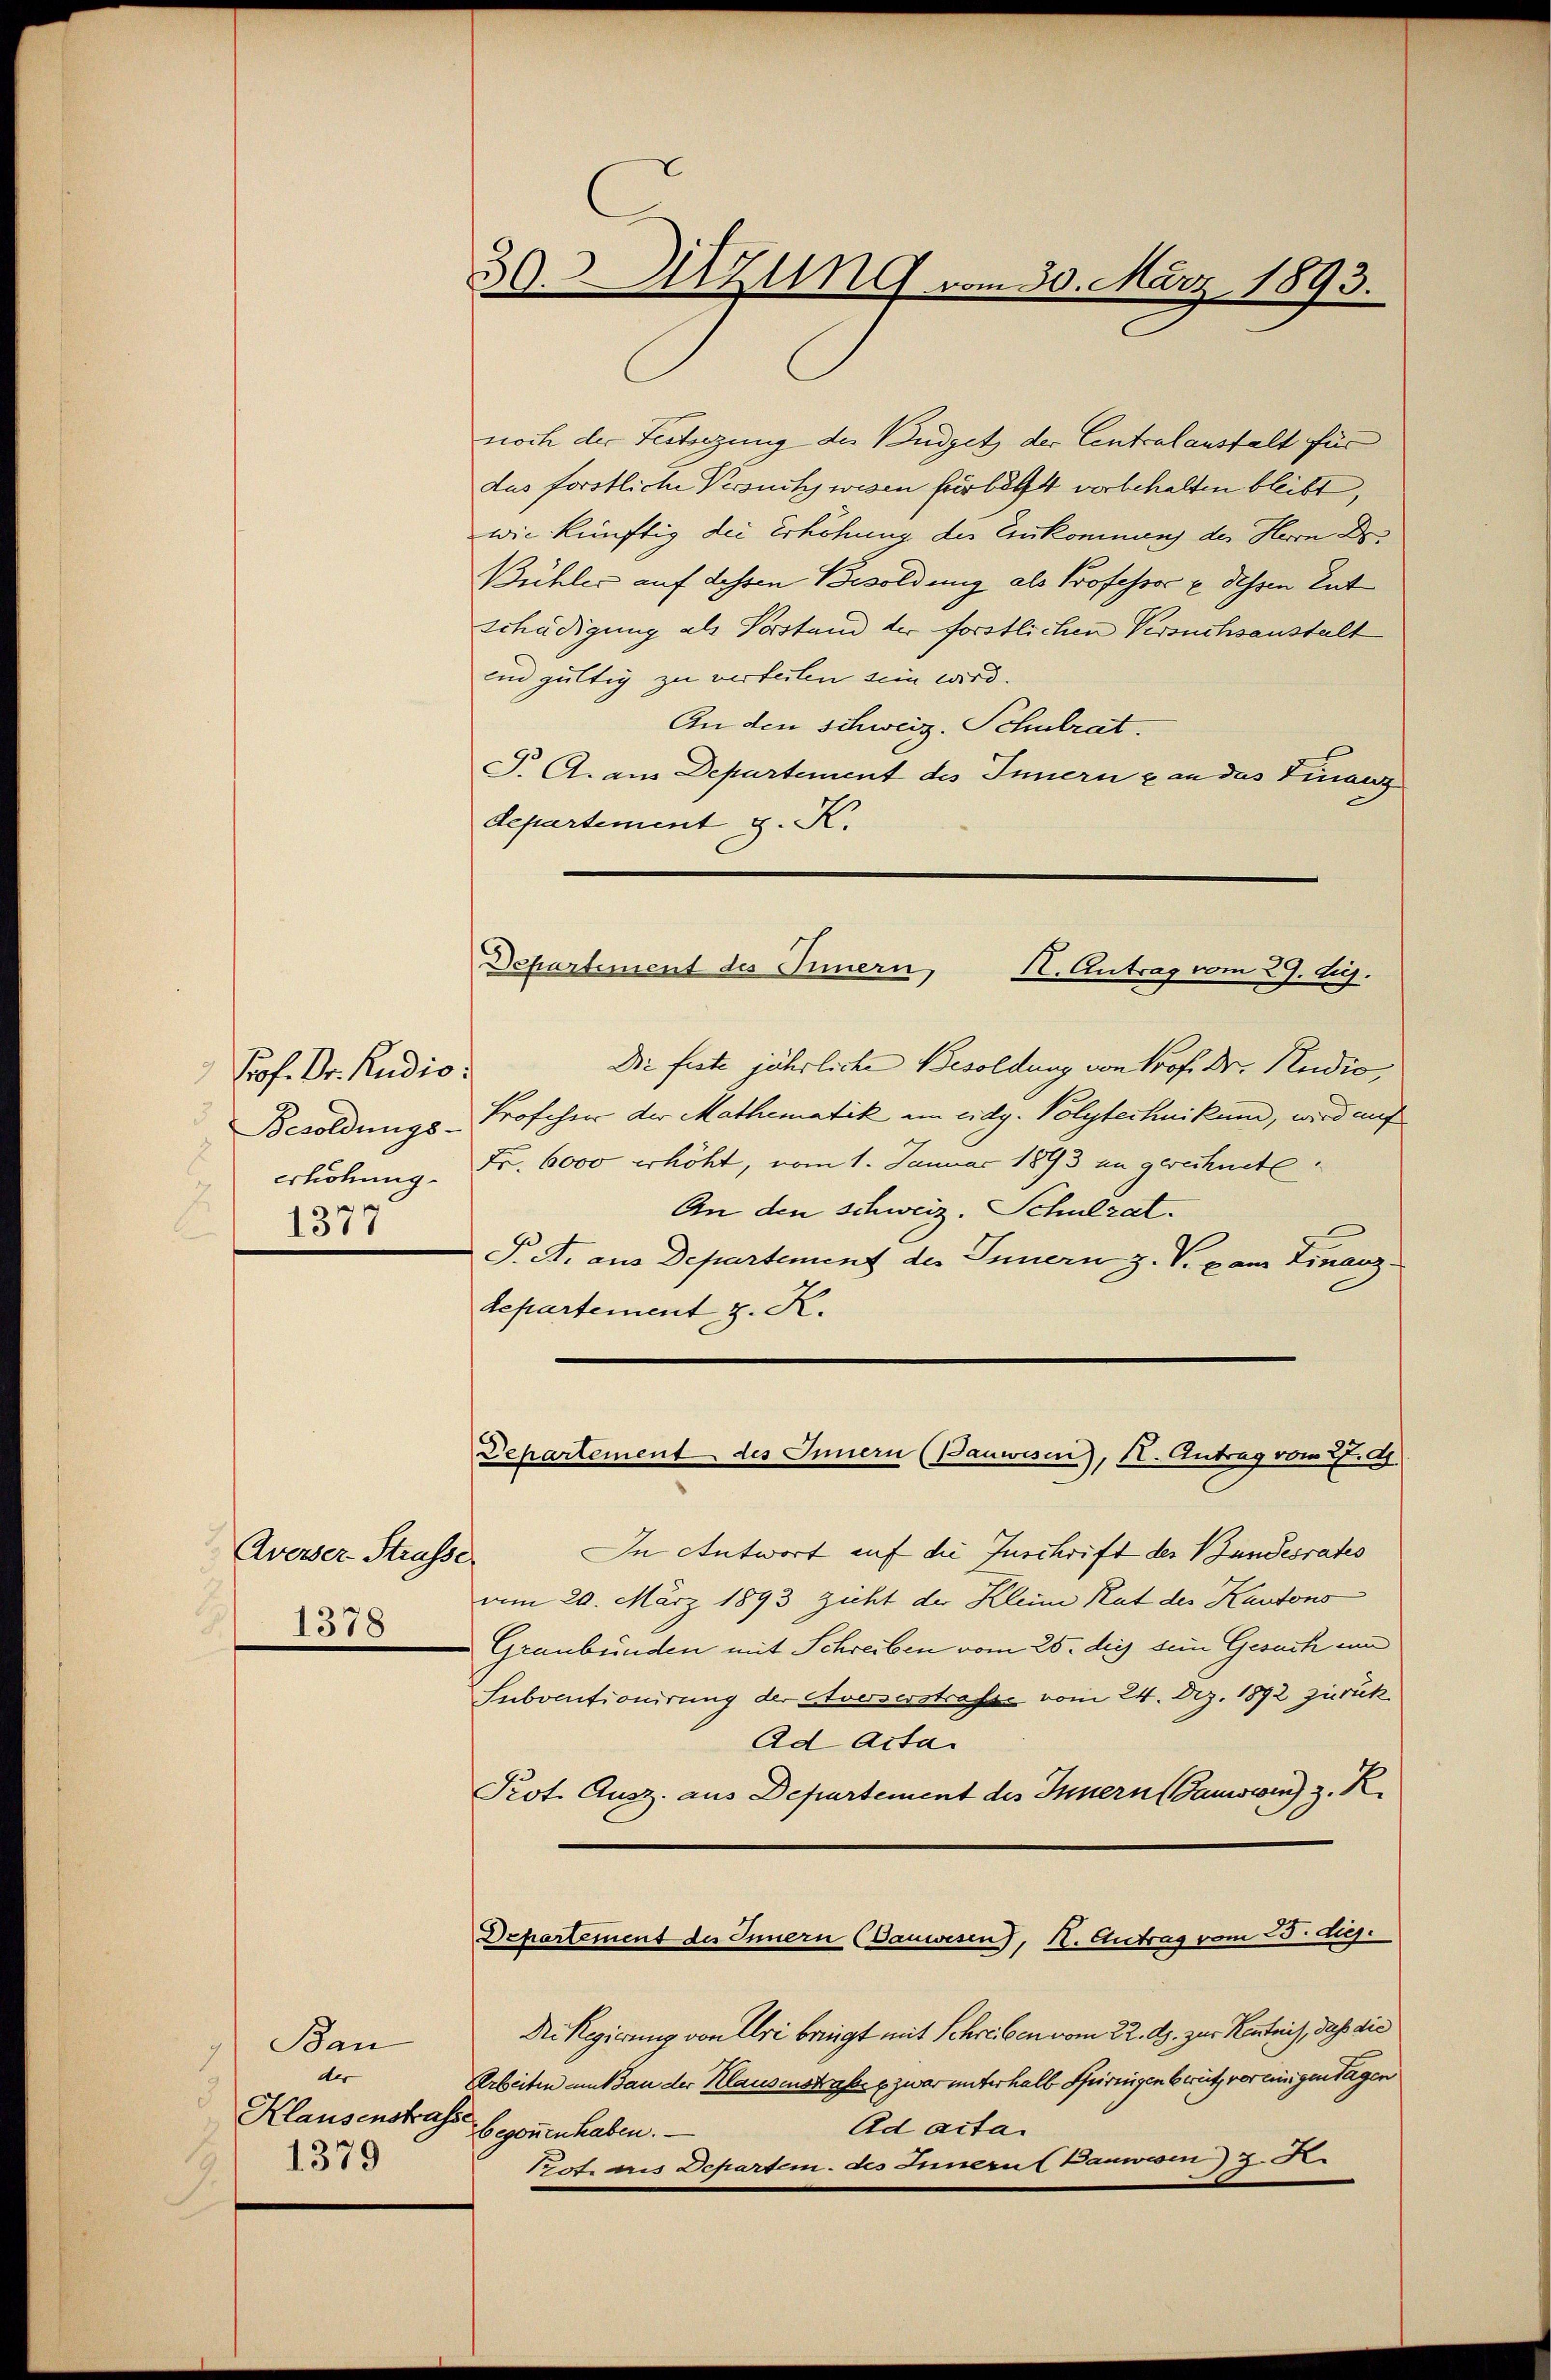
Prof. Dr. Rudio:
Besoldungs-
erhöhung.
137

Averser Strasse
8.
1378

Bau
der
Klausenstrasse
1379

29. Sitzung vom 30. März 1893.

noch der Festsezung der Budget der Centralanstalt für
das forstliche Versuch wesen für letzt vorbehalten bleibt,
wie künftig die Erhöhung des Zukommens der Herrn De
Bühles auf dessen Besoldung als Professor u. dessen Ent
Schädigung als Vorstand der forstlichen Versuchsanstalt
unn gültig zu verteilen sein wird.
An den schweiz. Schulrat.
J. A. aus Departement des Innern & an das Finanz
departement J. K.
Die feste jährliche Besoldung von Prof. Dr. Studio,
Froscher der Mathematik am eidg. Polytechnikum, wird auf
Fr. 6000 erhöht, vom 1. Januar 1893 im gerechnete.
An den schweiz. Schulrat.
T. A. aus Departenung des Innern z. V. v am Finanzdepartement z. K.
Departement des Innern (Bauwesen), I. Antrag vom 2. Ap
In Antwort auf die Zuschrift der Bundesrates
vom 20. März 1893 zieht der Klein Rat des Kantons
Graubünden mit Schreiben vom 25. die sein Gesuch um
Subventionirung der Averserstrasse vom 24. Dez. 1892 zurück
Ad Acta
Prot. Ausz. aus Departement des Innern anwein z. R.
Departement des Innern (Vauwesen), K. Antrag vom 25. d.
Die Regierung von Uri bringt mit Schreiben vom 22. d. zur Kentnis, daß die
Arbeiten um an der Klausenstrafe u. zwar unterhalb Spiringen brütz vor einigen Tagen
Ad acta.
begonnen haben.
Potaris Departem des Innerul Bauwesen 3. d.

Departement des Innern, Kt. Antrag vom 29. Aug.